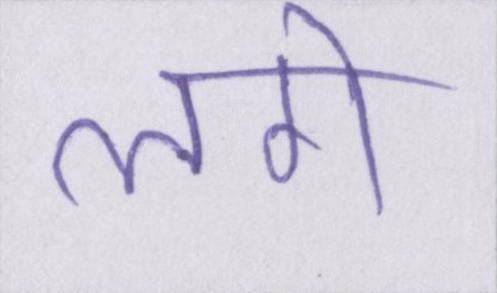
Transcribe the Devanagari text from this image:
लगे